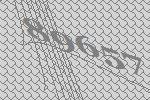
89657